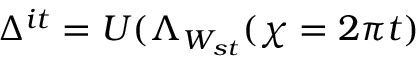
\Delta ^ { i t } = U ( \Lambda _ { W _ { s t } } ( \chi = 2 \pi t )